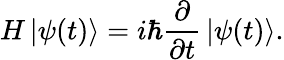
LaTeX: H\left|\psi(t)\right\rangle=i\hbar{\frac{\partial}{\partial t}}\left|\psi(t)\right\rangle.